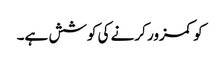
کو کمزور کرنے کی کوشش ہے۔